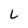
Character: L